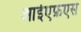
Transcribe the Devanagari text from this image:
आईएफ़एस